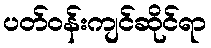
ပတ်ဝန်းကျင်ဆိုင်ရာ